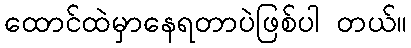
ထောင်ထဲမှာနေရတာပဲဖြစ်ပါ တယ်။